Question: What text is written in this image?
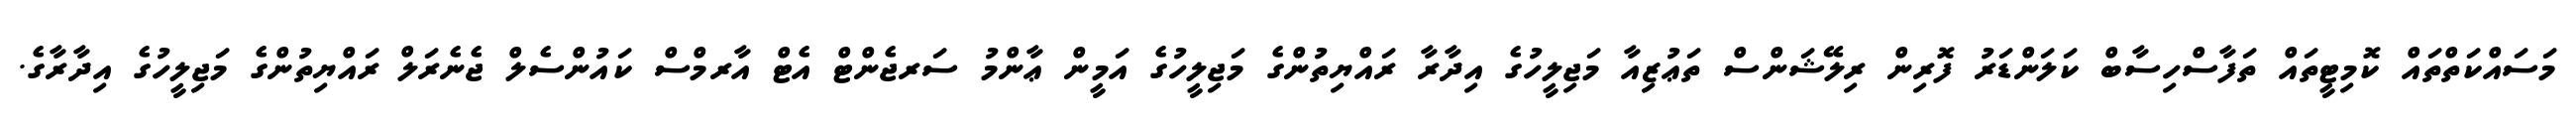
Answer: މަސައްކަތްތައް ކޮމިޓީތައް ތަފާސްހިސާބް ކަލަންޑަރު ފޮރިން ރިލޭޝަންސް ތަޢުޒިއާ މަޖިލީހުގެ އިދާރާ ރައްޔިތުންގެ މަޖިލީހުގެ އަމީން ޢާންމު ސަރޖެންޓް އެޓް އާރމްސް ކައުންސެލް ޖެނެރަލް ރައްޔިތުންގެ މަޖިލީހުގެ އިދާރާގެ.